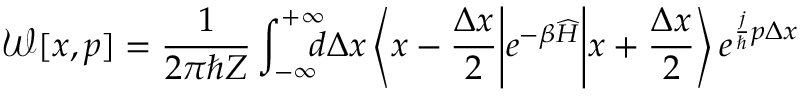
\mathcal { W } [ x , p ] = \frac { 1 } { 2 \pi \hbar Z } \int _ { - \infty } ^ { + \infty } \! \! \! \! d \Delta x \left< x - \frac { \Delta x } { 2 } \middle | e ^ { - \beta \widehat { H } } \middle | x + \frac { \Delta x } { 2 } \right> e ^ { \frac { j } { \hbar } p \Delta x }